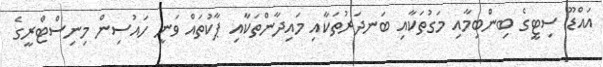
އައްޑޫ ސިޓީގެ ބިންބިމާއި މަގުތަކާއި ބަނދަރުތަކާއި މައިދާންތަކާއި ޕާކުތައް ވަނީ ހައުސިން މިނިސްޓްރީގެ